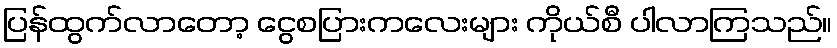
ပြန်ထွက်လာတော့ ငွေစပြားကလေးများ ကိုယ်စီ ပါလာကြသည်။